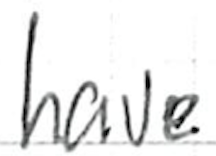
Text: have
Cross-out: clean
Writing tool: ballpoint